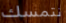
نتمسك